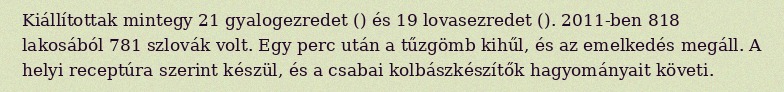
Kiállítottak mintegy 21 gyalogezredet () és 19 lovasezredet (). 2011-ben 818 lakosából 781 szlovák volt. Egy perc után a tűzgömb kihűl, és az emelkedés megáll. A helyi receptúra szerint készül, és a csabai kolbászkészítők hagyományait követi.